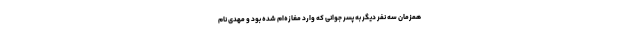
همزمان سه نفر دیگر به پسر جوانی که وارد مغازه‌ام شده بود و مهدی نام